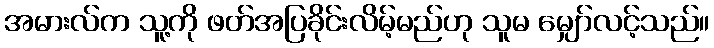
အမားလ်က သူ့ကို ဖတ်အပြခိုင်းလိမ့်မည်ဟု သူမ မျှော်လင့်သည်။